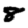
Digit: 8